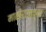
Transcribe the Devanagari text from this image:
माळीरायाच्या